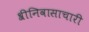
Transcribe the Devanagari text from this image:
श्रीनिवासाचारी